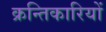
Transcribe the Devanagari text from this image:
क्रन्तिकारियों